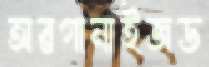
অরগানাইজড